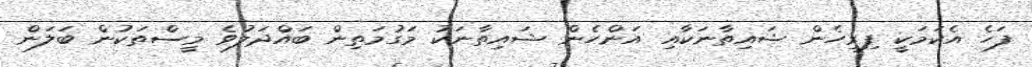
ފަހެ އެކަމަކީ ފިރިހެން ޝައިތާނަކާއި އަންހެން ޝައިތާނަކު މަގުމަތިން ބައްދަލުވެ މީސްތަކުން ބަލަން